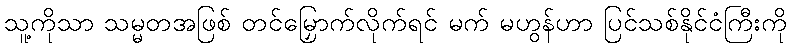
သူ့ကိုသာ သမ္မတအဖြစ် တင်မြှောက်လိုက်ရင် မက် မဟွန်ဟာ ပြင်သစ်နိုင်ငံကြီးကို